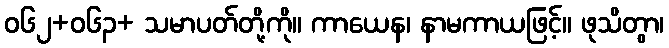
ဝ၆၂+၀၆၃+ သမာပတ်တို့ကို။ ကာယေန၊ နာမကာယဖြင့်။ ဖုသိတွာ၊